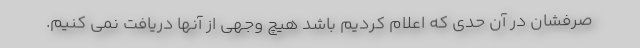
صرفشان در آن حدی که اعلام کردیم باشد هیچ وجهی از آنها دریافت نمی کنیم.